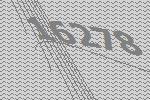
16278